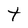
Character: t